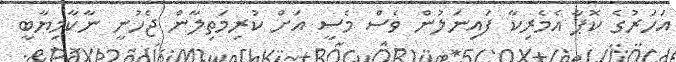
އަހަރުގެ ކޮޕާ އެމެރިކާ ފައިނަލުން ވެސް މެސީ އަށް ކުރިމަތިލާން ޖެހުނީ ނާކާމިޔާބީ